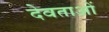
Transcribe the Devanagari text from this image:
देवताअाें